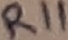
Text: R11